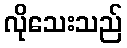
လိုသေးသည်